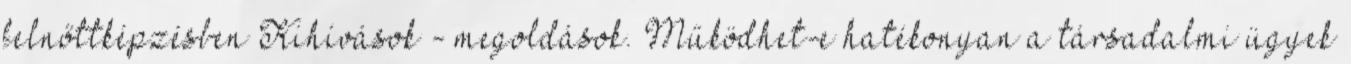
felnőttképzésben Kihívások - megoldások. Működhet-e hatékonyan a társadalmi ügyek